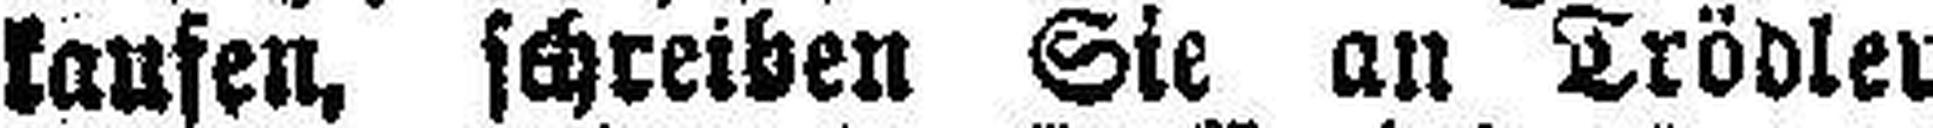
kaufen, schreiben Sie an Trödler